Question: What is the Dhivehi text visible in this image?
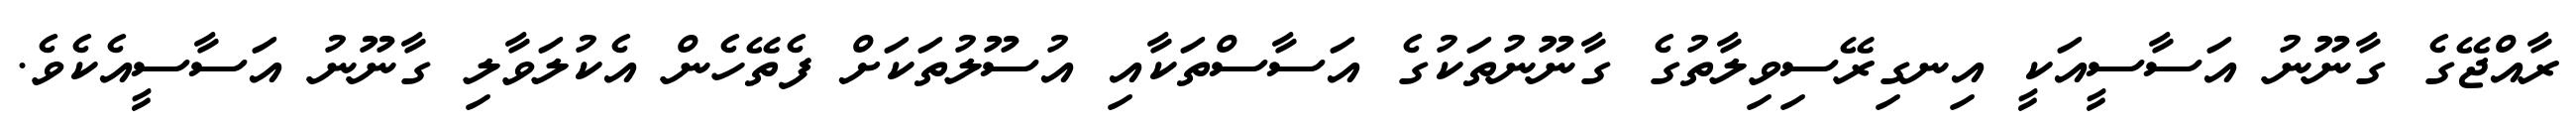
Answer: ރާއްޖޭގެ ގާނޫނު އަސާސީއަކީ އިނގިރޭސިވިލާތުގެ ގާނޫނުތަކުގެ އަސާސްތަކާއި އުސޫލުތަކަށް ފެތޭހެން އެކުލަވާލި ގާނޫނު އަސާސީއެކެވެ.